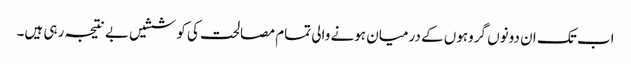
اب تک ان دونوں گروہوں کے درمیان ہونے والی تمام مصالحت کی کوششیں بے نتیجہ رہی ہیں۔